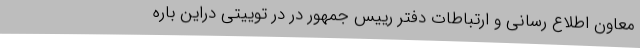
معاون اطلاع رسانی و ارتباطات دفتر رییس جمهور در در توییتی دراین باره